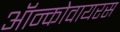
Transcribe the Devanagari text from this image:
ऑन्कोवायरस